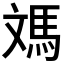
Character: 𩢌